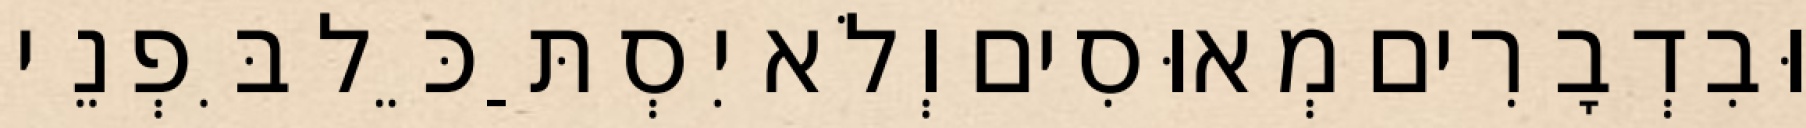
וּבִדְבָרִים מְאוּסִים וְלֹא יִסְתַּכֵּל בִּפְנֵי